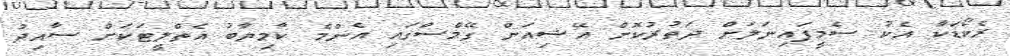
ރެކޯޑަކާ އެކު ސެމީފައިނަލަށް ދަތުރުކޮށް އޭޝިއަން ގޭމްސްގައި އެންމެ ކާމިޔާބު އެތްލީޓަކަށް ސާއިދު